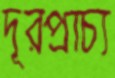
দূরপ্রাচ্য